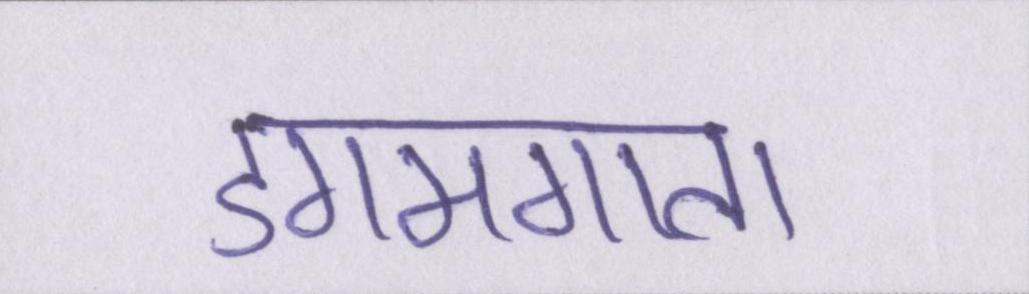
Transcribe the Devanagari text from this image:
डगमगाता